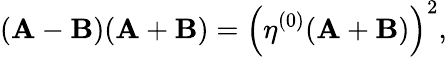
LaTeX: (\mathbf{A}-\mathbf{B})(\mathbf{A}+\mathbf{B})=\left(\eta^{(0)}(\mathbf{A}+\mathbf{B})\right)^{2},